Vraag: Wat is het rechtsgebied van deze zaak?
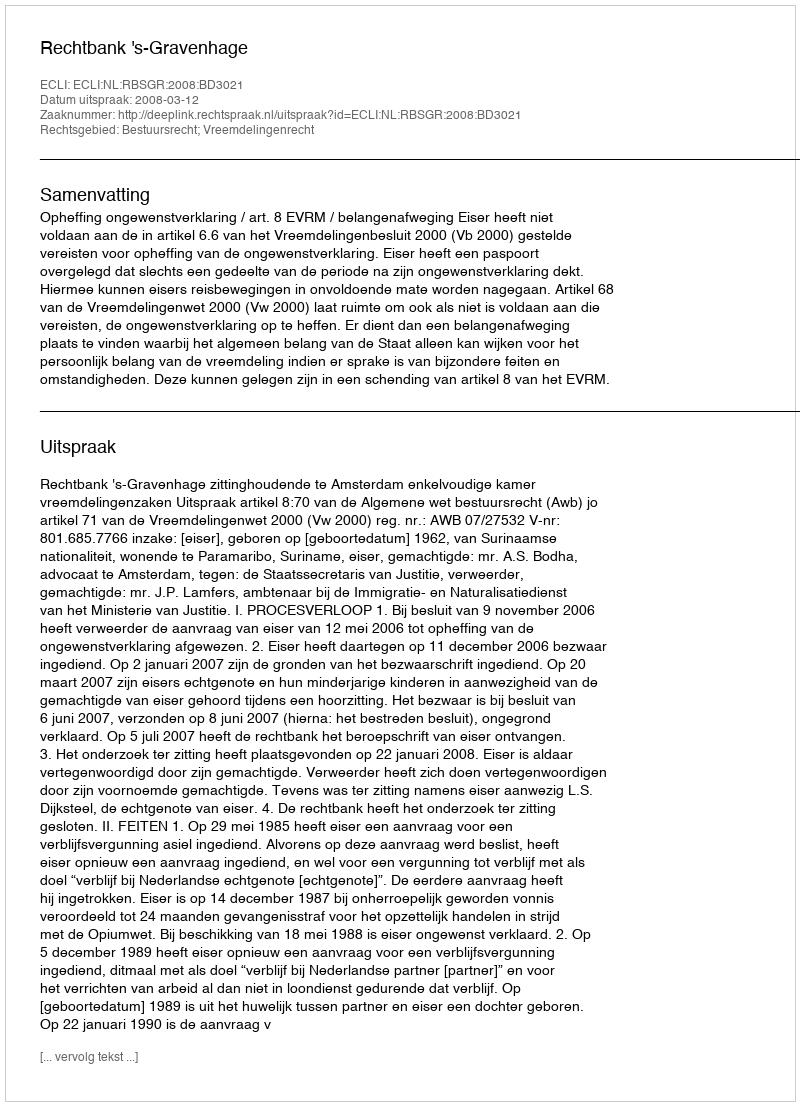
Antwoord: Bestuursrecht; Vreemdelingenrecht